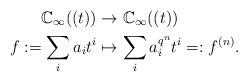
LaTeX: \begin{align*} \mathbb{C}_{\infty}((t))&\rightarrow\mathbb{C}_{\infty}((t))\\ f:=\sum_{i}a_it^i&\mapsto \sum_{i}a_i^{q^{n}}t^i=:f^{(n)}. \end{align*}